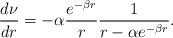
LaTeX: \begin{align*}\frac{d\nu}{dr}=-\alpha\frac{e^{-\beta r}}{r}\frac{1}{r-\alpha e^{-\beta r}}.\end{align*}